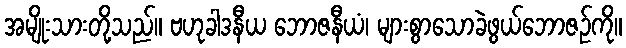
အမျိုးသားတို့သည်။ ဗဟုခါဒနီယ ဘောဇနီယံ၊ များစွာသောခဲဖွယ်ဘောဇဉ်ကို။